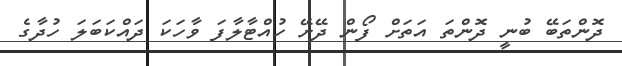
ދޮންތަބޭ ބުނީ ދޮންތަ އަތަށް ފޯން ދޭށޭ ހުއްޓާލާފަ ވާހަކަ ދައްކަބަލަ ހުދާގެ